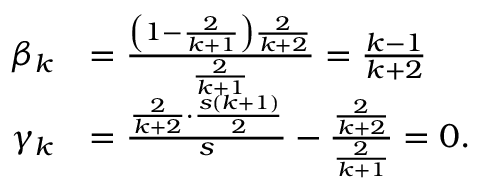
\begin{array} { r l } { \beta _ { k } } & { = \frac { \left( 1 - \frac { 2 } { k + 1 } \right) \frac { 2 } { k + 2 } } { \frac { 2 } { k + 1 } } = \frac { k - 1 } { k + 2 } } \\ { \gamma _ { k } } & { = \frac { \frac { 2 } { k + 2 } \cdot \frac { s ( k + 1 ) } { 2 } } { s } - \frac { \frac { 2 } { k + 2 } } { \frac { 2 } { k + 1 } } = 0 . } \end{array}